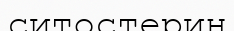
ситостерин